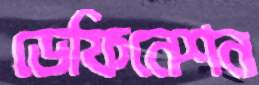
ডেফিনেশন